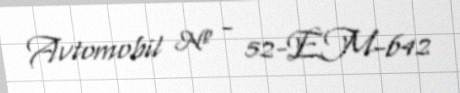
Avtomobil № - 52-EM-642